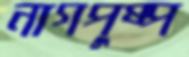
নাগপুষ্প